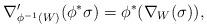
LaTeX: \begin{align*}\nabla'_{\phi^{-1}(W)}(\phi^*\sigma) = \phi^*(\nabla_W(\sigma)),\end{align*}